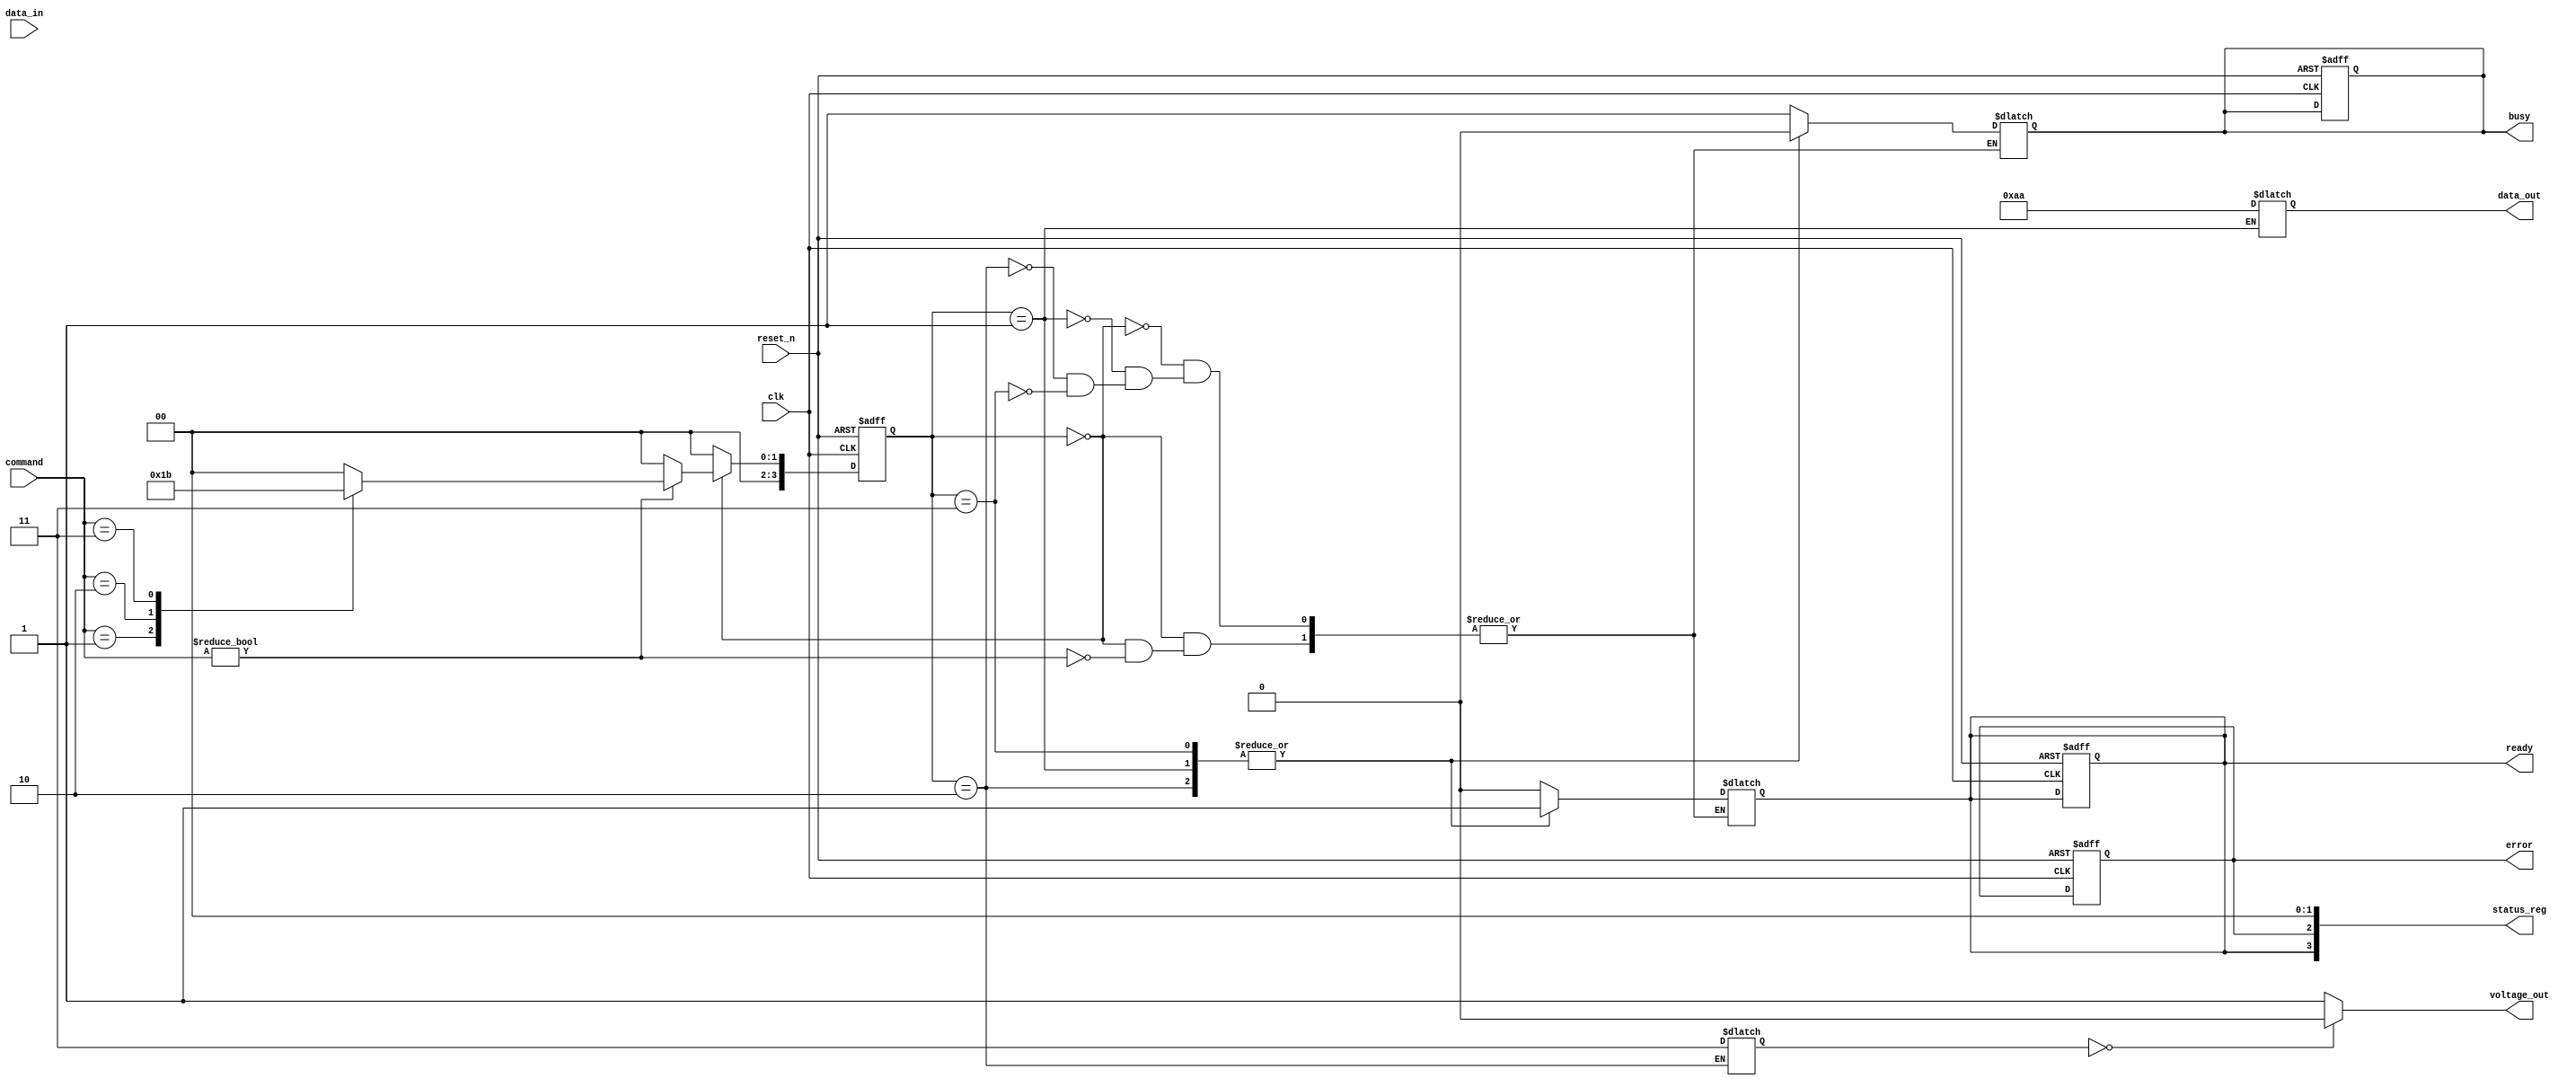
module TLC_NAND_IO (
    input wire clk,
    input wire reset_n,
    input wire [3:0] command,       // Command input (e.g., read, write, erase)
    input wire [7:0] data_in,       // Data input for write operations
    output reg [7:0] data_out,      // Data output for read operations
    output reg busy,                 // Busy status
    output reg ready,                // Ready status
    output reg error,                // Error status
    output wire [3:0] status_reg,    // Status register output
    output wire voltage_out          // Voltage level output for programming
);

// Parameters for commands
parameter CMD_READ = 4'b0001;
parameter CMD_WRITE = 4'b0010;
parameter CMD_ERASE = 4'b0011;

// Internal signals
reg [7:0] latch_data;              // Data latch
reg [3:0] current_state, next_state; // State machine for command processing
reg [1:0] voltage_level;           // Voltage level for write operations

// State machine for command processing
always @(posedge clk or negedge reset_n) begin
    if (!reset_n) begin
        current_state <= 0;
        busy <= 0;
        ready <= 1;
        error <= 0;
    end else begin
        current_state <= next_state;
    end
end

// Next state logic
always @(*) begin
    case (current_state)
        0: begin
            if (command) begin
                busy = 1;
                ready = 0;
                case (command)
                    CMD_READ: next_state = 1; // Read operation
                    CMD_WRITE: next_state = 2; // Write operation
                    CMD_ERASE: next_state = 3; // Erase operation
                    default: next_state = 0;    // Idle
                endcase
            end else begin
                next_state = 0; // Idle
            end
        end
        1: begin // Read operation
            data_out = read_data(); // Read data from memory
            busy = 0;
            ready = 1;
            next_state = 0; // Back to idle
        end
        2: begin // Write operation
            latch_data = data_in; // Latch data
            voltage_level = convert_voltage(latch_data); // Convert to voltage
            write_data(latch_data); // Write data to memory
            busy = 0;
            ready = 1;
            next_state = 0; // Back to idle
        end
        3: begin // Erase operation
            erase_memory(); // Erase memory cells
            busy = 0;
            ready = 1;
            next_state = 0; // Back to idle
        end
        default: next_state = 0; // Idle
    endcase
end

// Function to read data from memory (stub)
function [7:0] read_data;
    // Implementation for reading data from memory cells
    read_data = 8'b10101010; // Sample data
endfunction

// Function to write data to memory (stub)
task write_data(input [7:0] data);
    // Implementation for writing data to memory cells
endtask

// Function to erase memory (stub)
task erase_memory;
    // Implementation for erasing memory cells
endtask

// Function to convert data to appropriate voltage levels (stub)
function [1:0] convert_voltage(input [7:0] data);
    // Implementation for voltage level conversion
    convert_voltage = 2'b11; // Sample voltage level
endfunction

// Status register output
assign status_reg = {busy, ready, error, 2'b00}; // Example status register

// Voltage level output (example)
assign voltage_out = (voltage_level == 2'b00) ? 1'b0 : 1'b1; // Example output

endmodule